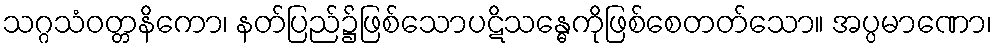
သဂ္ဂသံဝတ္တနိကော၊ နတ်ပြည်၌ဖြစ်သောပဋိသန္ဓေကိုဖြစ်စေတတ်သော။ အပ္ပမာဏော၊